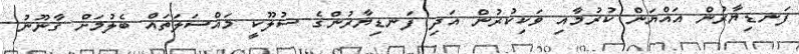
ފަނޑިޔާރުން އައްޔަން ކުރުމާއި ވަކިކުރުން އަދި ފަނޑިޔާރުންގެ ސުލޫކީ މައްސަލަތައް ބެލުމަށް ގާނޫނު